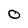
Character: O